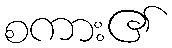
စကား၏